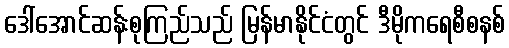
ဒေါ်အောင်ဆန်းစုကြည်သည် မြန်မာနိုင်ငံတွင် ဒီမိုကရေစီစနစ်